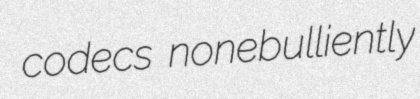
codecs nonebulliently